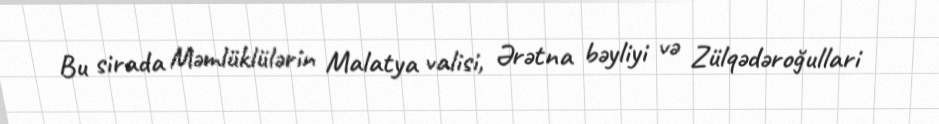
Bu sirada Məmlüklülərin Malatya valisi, Ərətna bəyliyi və Zülqədəroğullari